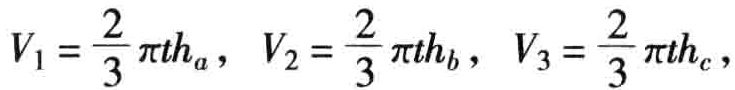
\[V_{1}=\frac{2}{3}\pi th_{a},\ V_{2}=\frac{2}{3}\pi th_{b},\ V_{3}=\frac{2}{3}\pi th_{c},\]